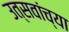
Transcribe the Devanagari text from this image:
उत्सवांच्या